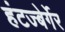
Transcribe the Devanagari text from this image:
हंटज्बेर्गेर